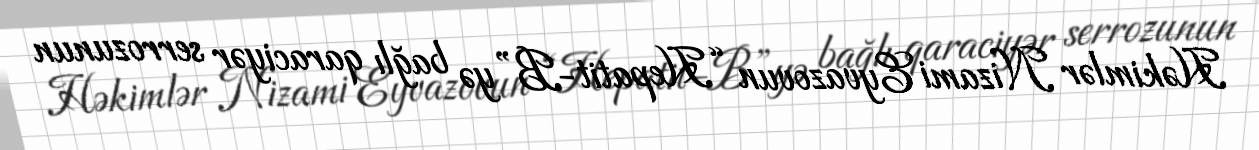
Həkimlər Nizami Eyvazovun “Hepatit-B”yə bağlı qaraciyər serrozunun